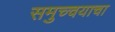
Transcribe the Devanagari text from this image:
समुच्चयाचा